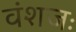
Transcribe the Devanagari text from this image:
वंशजः